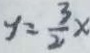
y = \frac { 3 } { 2 } x